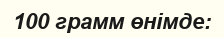
100 грамм өнімде: